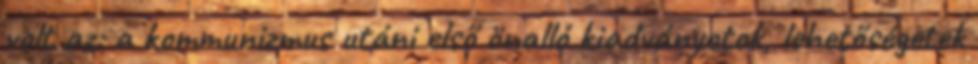
volt az: a kommunizmus utáni első önalló kiadványotok, lehetőségetek